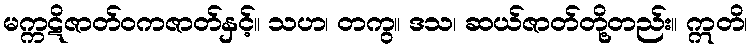
မက္ကဋိဇာတ်ဝကဇာတ်နှင့်။ သဟ၊ တကွ။ ဒသ၊ ဆယ်ဇာတ်တို့တည်း။ ဣတိ၊